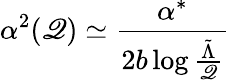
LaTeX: \alpha^{2}(\mathscr{Q})\simeq\frac{{\alpha^{*}}}{{2b\log\frac{{\tilde{{\Lambda}}}}{{\mathscr{Q}}}}}